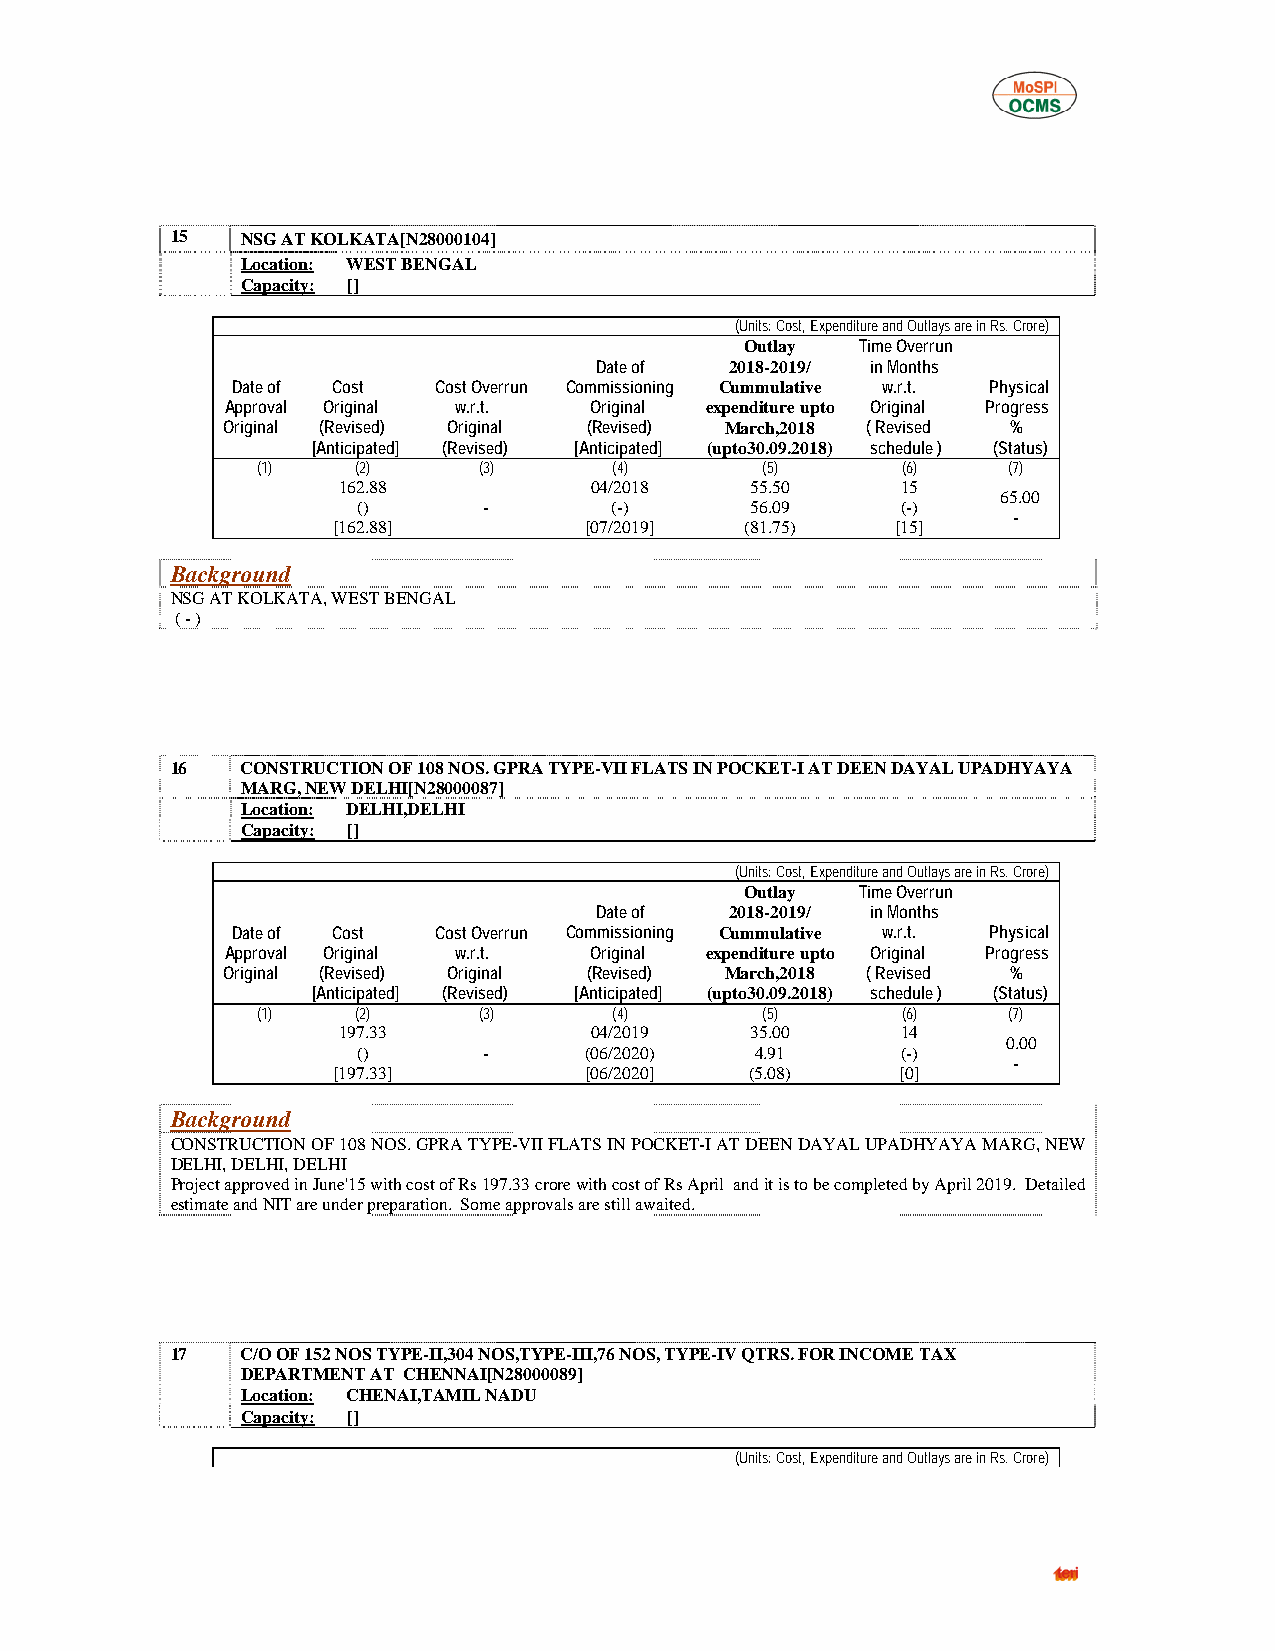
15   NSG AT KOLKATA[N28000104]
 Location: WEST BENGAL
 Capacity: []
 (Units: Cost, Expenditure and Outlays are in Rs. Crore)
 Outlay  Time Overrun
 Date of  2018-2019/ in Months
 Date of Cost  Cost Overrun Commissioning Cummulative w.r.t. Physical
 Approval Original w.r.t. Original expenditure upto Original Progress
 Original (Revised) Original (Revised) March,2018 ( Revised %
 [Anticipated] (Revised) [Anticipated] (upto30.09.2018) schedule ) (Status)
 (1)    (2)     (3)      (4)      (5)       (6)    (7)
 162.88           04/2018    55.50     15
 65.00
 ()      -       (-)       56.09     (-)
 -
 [162.88]         [07/2019] (81.75)   [15]
 Background
 NSG AT KOLKATA, WEST BENGAL
 ( - )
 16   CONSTRUCTION OF 108 NOS. GPRA TYPE-VII FLATS IN POCKET-I AT DEEN DAYAL UPADHYAYA
 MARG, NEW DELHI[N28000087]
 Location: DELHI,DELHI
 Capacity: []
 (Units: Cost, Expenditure and Outlays are in Rs. Crore)
 Outlay  Time Overrun
 Date of  2018-2019/ in Months
 Date of Cost  Cost Overrun Commissioning Cummulative w.r.t. Physical
 Approval Original w.r.t. Original expenditure upto Original Progress
 Original (Revised) Original (Revised) March,2018 ( Revised %
 [Anticipated] (Revised) [Anticipated] (upto30.09.2018) schedule ) (Status)
 (1)    (2)     (3)      (4)      (5)       (6)    (7)
 197.33           04/2019    35.00     14
 0.00
 ()      -      (06/2020)  4.91      (-)
 -
 [197.33]         [06/2020]  (5.08)    [0]
 Background
 CONSTRUCTION OF 108 NOS. GPRA TYPE-VII FLATS IN POCKET-I AT DEEN DAYAL UPADHYAYA MARG, NEW
 DELHI, DELHI, DELHI
 Project approved in June'15 with cost of Rs 197.33 crore with cost of Rs April and it is to be completed by April 2019. Detailed
 estimate and NIT are under preparation. Some approvals are still awaited.
 17   C/O OF 152 NOS TYPE-II,304 NOS,TYPE-III,76 NOS, TYPE-IV QTRS. FOR INCOME TAX
 DEPARTMENT AT CHENNAI[N28000089]
 Location: CHENAI,TAMIL NADU
 Capacity: []
 (Units: Cost, Expenditure and Outlays are in Rs. Crore)